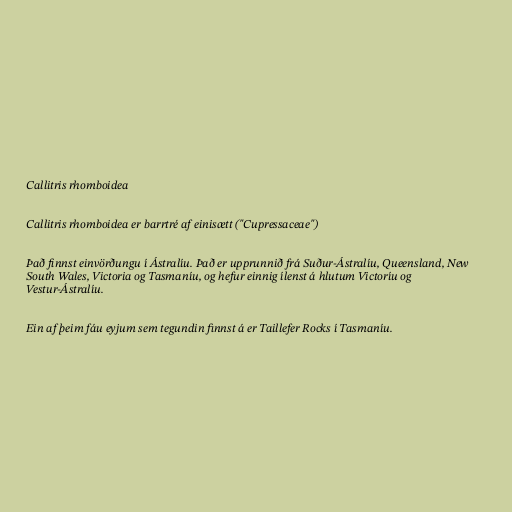
Callitris rhomboidea

Callitris rhomboidea er barrtré af einisætt ("Cupressaceae")

Það finnst einvörðungu í Ástralíu. Það er upprunnið frá Suður-Ástralíu, Queensland, New
South Wales, Victoria og Tasmaníu, og hefur einnig ílenst á hlutum Victoríu og
Vestur-Ástralíu.

Ein af þeim fáu eyjum sem tegundin finnst á er Taillefer Rocks í Tasmaníu.